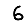
Digit: 6